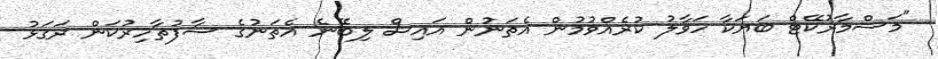
"މަސްމާރުކޭޓް ބަޔަކާ ހަވާލު ކުރެއްވުމުން އެތަނުން އައިސް ލިބޭނެ އެތަނުގެ ސާފުތާހިރުކަން ރަގަޅު